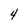
Character: 4